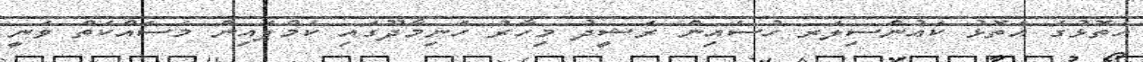
އަތޮޅުގެ އަތޮޅު ކައުންސިލަރ ހުސެއިން ރަޝީދު މިހާރު ހަނިމާދޫގައި ކެމްޕެއިން މަސައްކަތް ވަނީ